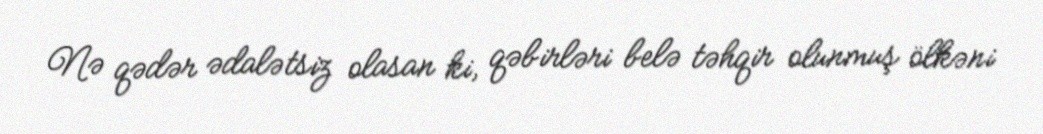
Nə qədər ədalətsiz olasan ki, qəbirləri belə təhqir olunmuş ölkəni